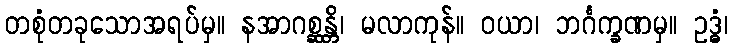
တစုံတခုသောအရပ်မှ။ နအာဂစ္ဆန္တိ၊ မလာကုန်။ ဝယာ၊ ဘင်္ဂက္ခဏမှ။ ဥဒ္ဓံ၊